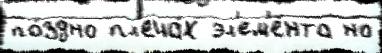
по́здно пл'еча́х эл'ем'е́нта но